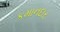
કમાનદાર